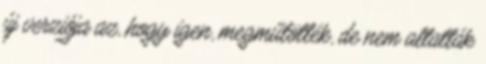
új verziója az, hogy igen, megműtötték, de nem altatták